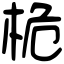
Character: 桅